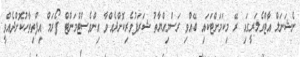
ނެޝަނަލް އާޓްގެލަރީގައި ރޭ މިކަމަށްޓަކައި ބޭއްވި ރަސްމިއްޔާތު ޝަރަފުވެރިކޮށްދެއްވާ އިންވެސްޓްމަންޓް ފޯރަމް އިފްތިތާހުކޮށްދެއްވީ